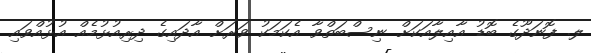
ލ. ފޮނަދޫގެ ބޮޑު އާއިލާއަކަށް ނިސްބަތްވާ އެކަމަކު ވަރަށް އާދައިގެ ދިރިއުޅުމެއް އުޅުއްވައި